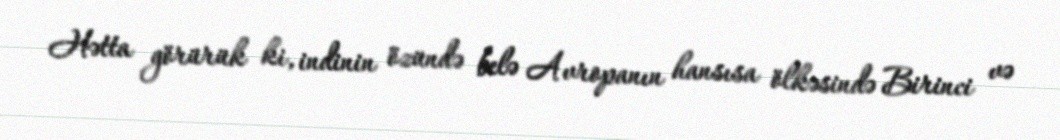
Hətta görürük ki, indinin özündə belə Avropanın hansısa ölkəsində Birinci və